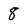
Character: 8